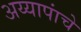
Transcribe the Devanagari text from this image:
अय्यापांचे